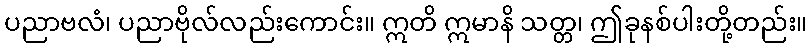
ပညာဗလံ၊ ပညာဗိုလ်လည်းကောင်း။ ဣတိ ဣမာနိ သတ္တ၊ ဤခုနစ်ပါးတို့တည်း။